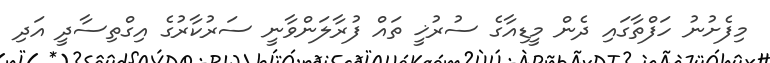
މިފެށުނު ހަފްތާގައި ދެން މީޑިއާގެ ސުރުޚީ ތައް ފުރާލަންވާނީ ސަރުކާރުގެ އިގްތިސާދީ އަދި